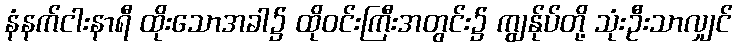
နံနက်ငါးနာရီ ထိုးသောအခါ၌ ထိုဝင်းကြီးအတွင်း၌ ကျွန်ုပ်တို့ သုံးဦးသာလျှင်